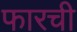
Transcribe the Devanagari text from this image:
फारची